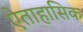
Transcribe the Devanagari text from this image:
ऐताहासिक